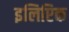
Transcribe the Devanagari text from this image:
इलिप्टिक